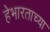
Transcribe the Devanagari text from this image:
हेभारताच्या